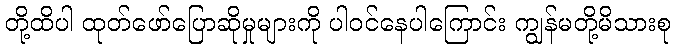
တို့ထိပါ ထုတ်ဖော်ပြောဆိုမှုများကို ပါဝင်နေပါကြောင်း ကျွန်မတို့မိသားစု